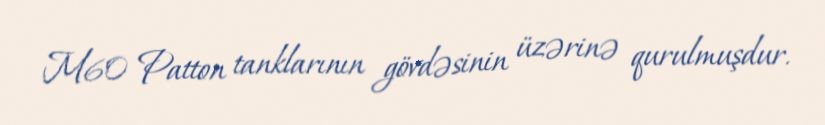
M60 Patton tanklarının gövdəsinin üzərinə qurulmuşdur.